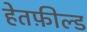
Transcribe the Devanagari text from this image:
हेतफ़ील्ड